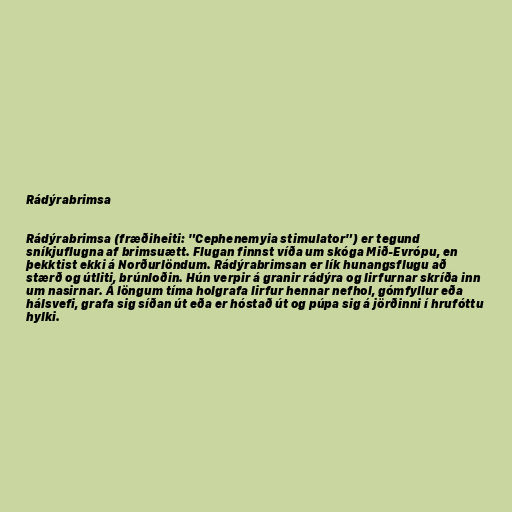
Rádýrabrimsa

Rádýrabrimsa (fræðiheiti: "Cephenemyia stimulator") er tegund
sníkjuflugna af brimsuætt. Flugan finnst víða um skóga Mið-Evrópu, en
þekktist ekki á Norðurlöndum. Rádýrabrimsan er lík hunangsflugu að
stærð og útliti, brúnloðin. Hún verpir á granir rádýra og lirfurnar skríða inn
um nasirnar. Á löngum tíma holgrafa lirfur hennar nefhol, gómfyllur eða
hálsvefi, grafa sig síðan út eða er hóstað út og púpa sig á jörðinni í hrufóttu
hylki.